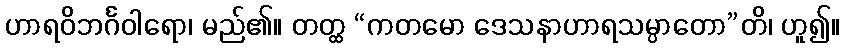
ဟာရဝိဘင်္ဂဝါရော၊ မည်၏။ တတ္ထ “ကတမော ဒေသနာဟာရသမ္ပာတော”တိ၊ ဟူ၍။